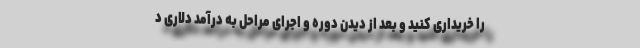
را خریداری کنید و بعد از دیدن دوره و اجرای مراحل به درآمد دلاری د